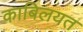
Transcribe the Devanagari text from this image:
काबिलयत